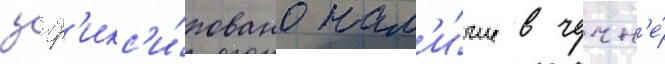
заф'икс'и́ровано нал'и́чие в чечн'е́